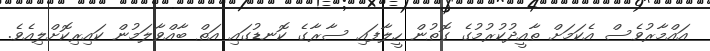
އައްމާރުވެސް އެކަމަށް ތާއީދުކުރުމުގެ ގޮތުން ހީލާފައި ސާރާގެ ކޮނޑުގައި އަތް ބާއްވާލަމުން ކައިރިކޮށްލިއެވެ.